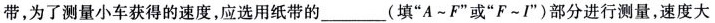
带,为了测量小车获得的速度,应选用纸带的37(填“A~F”或“F~I)部分进行测量,速度大